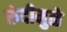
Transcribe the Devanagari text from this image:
रुंदीमुळे